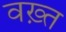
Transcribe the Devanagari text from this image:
वख़्त